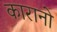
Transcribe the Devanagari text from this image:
कारानो